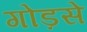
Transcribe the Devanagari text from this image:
गोड़से